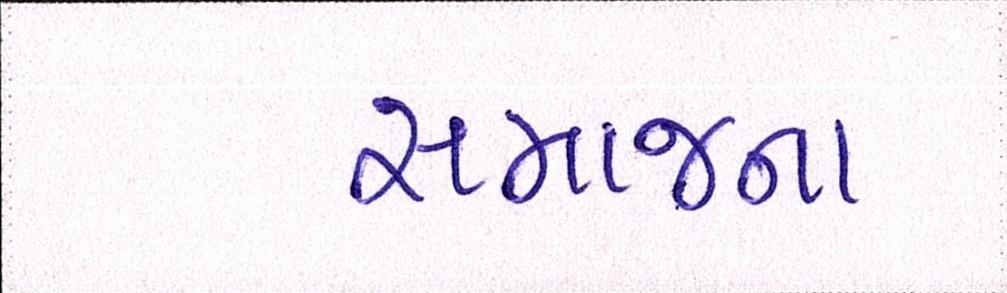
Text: સમાજના